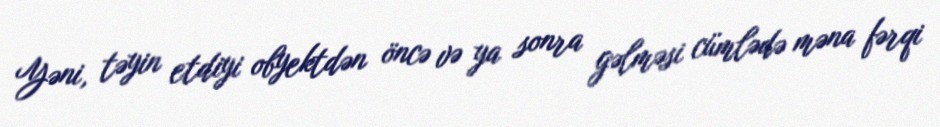
Yəni, təyin etdiyi obyektdən öncə və ya sonra gəlməsi cümlədə məna fərqi